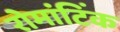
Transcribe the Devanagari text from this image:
रोमांटिंक